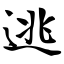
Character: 逃